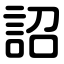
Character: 詔